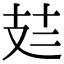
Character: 𪯆